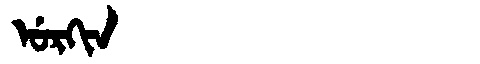
Manchu: ᡠᡵᡴᡳᠨ
Romanization: URKIN